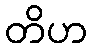
တိဟ